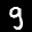
Label: 9